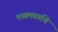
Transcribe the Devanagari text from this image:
मध्यमवर्गाचे